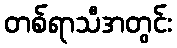
တစ်ရာသီအတွင်း